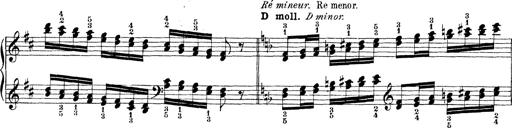
Title: Technische Studien
Composer: Franz Liszt